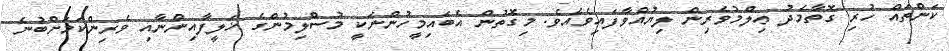
ކަންތައް ހުރި ގޮތާމެދު ޢިލްމުވެރިން ލިޔުއްވާފައިވެއެވެ. މިގޮތުން އެބައިމީހުންނަކީ މުސްލިމުންގެ ޚަލީފާއިންނާއި ވެރިންކަމަށްބުނެ